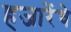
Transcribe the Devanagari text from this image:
हजारेंचे